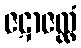
ဇဋာဇလ္လံ